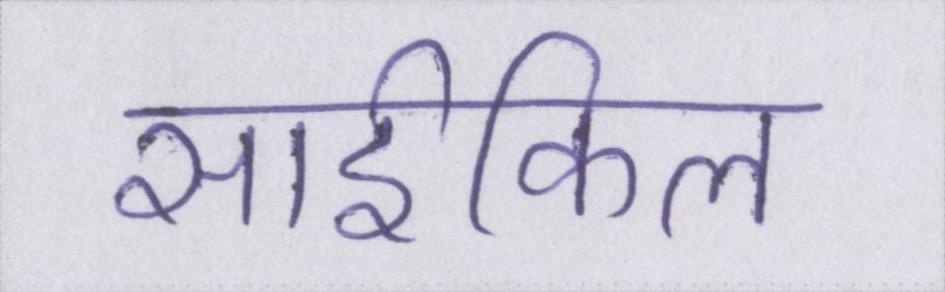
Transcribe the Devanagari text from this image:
साईकिल